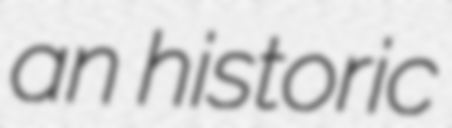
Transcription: an historic